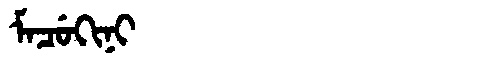
Manchu: ᠮᠠᠴᡠᡴᡳᠨᡳ
Romanization: MACUKINI